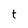
Character: t